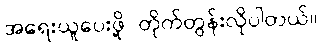
အရေးယူပေးဖို့ တိုက်တွန်းလိုပါတယ်။